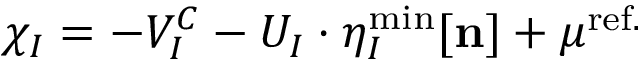
\chi _ { I } = - V _ { I } ^ { C } - U _ { I } \cdot \eta _ { I } ^ { \mathrm { { m i n } } } [ \mathbf { n } ] + \mu ^ { \mathrm { r e f . } }